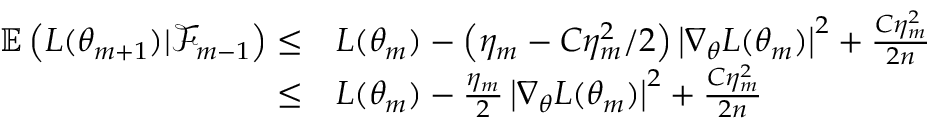
\begin{array} { r l } { \mathbb { E } \left( L ( \theta _ { m + 1 } ) | \mathcal { F } _ { m - 1 } \right) \leq } & { L ( \theta _ { m } ) - \left( \eta _ { m } - C \eta _ { m } ^ { 2 } / 2 \right) \left| \nabla _ { \theta } L ( \theta _ { m } ) \right| ^ { 2 } + \frac { C \eta _ { m } ^ { 2 } } { 2 n } } \\ { \leq } & { L ( \theta _ { m } ) - \frac { \eta _ { m } } { 2 } \left| \nabla _ { \theta } L ( \theta _ { m } ) \right| ^ { 2 } + \frac { C \eta _ { m } ^ { 2 } } { 2 n } } \end{array}